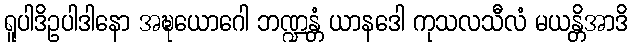
ရူပါဒိဥပါဒါနော အဍ္ဎယောဂေါ ဘဏ္ဍန္တံ ယာနဒေါ ကုသလသီလံ မယန္တိအာဒိ